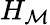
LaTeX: H_{\mathcal{M}}